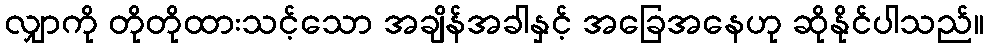
လျှာကို တိုတိုထားသင့်သော အချိန်အခါနှင့် အခြေအနေဟု ဆိုနိုင်ပါသည်။